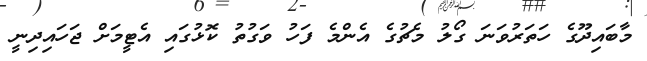
މާބައިދޫގެ ހަތަރުވަނަ ގޯލު މެޗުގެ އެންމެ ފަހު ވަގުތު ކޮޅުގައި އެޓީމަށް ޖަހައިދިނީ